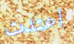
اعتدت